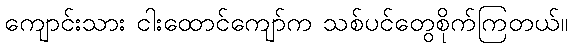
ကျောင်းသား ငါးထောင်ကျော်က သစ်ပင်တွေစိုက်ကြတယ်။